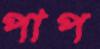
পাপ